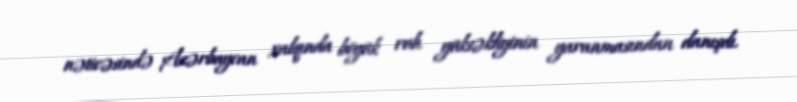
nəticəsində Azərbaycan xalqında böyük ruh yüksəkliyinin yaranmasından danışdı.